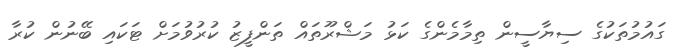
ގައުމުތަކުގެ ސިޔާސީން ތިމާމެންގެ ކަޅު މަޝްރޫތައް ތަންފީޒު ކުރުވުމަށް ޓަކައި ބޭނުން ކުރާ